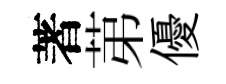
著苐優